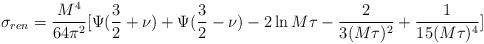
LaTeX: \begin{align*}\sigma_{ren} = {M^4 \over 64 \pi^2} [ \Psi({3\over2} + \nu) +\Psi({3\over2} -\nu) - 2 \ln M \tau - { 2 \over3 (M \tau)^2} +{1\over 15 (M\tau)^4} ]\end{align*}